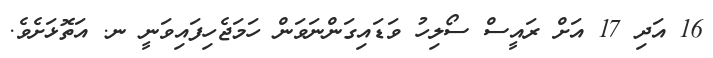
16 އަދި 17 އަށް ރައީސް ސޯލިހު ވަޑައިގަންނަވަން ހަމަޖެހިފައިވަނީ ނ. އަތޮޅަށެވެ.